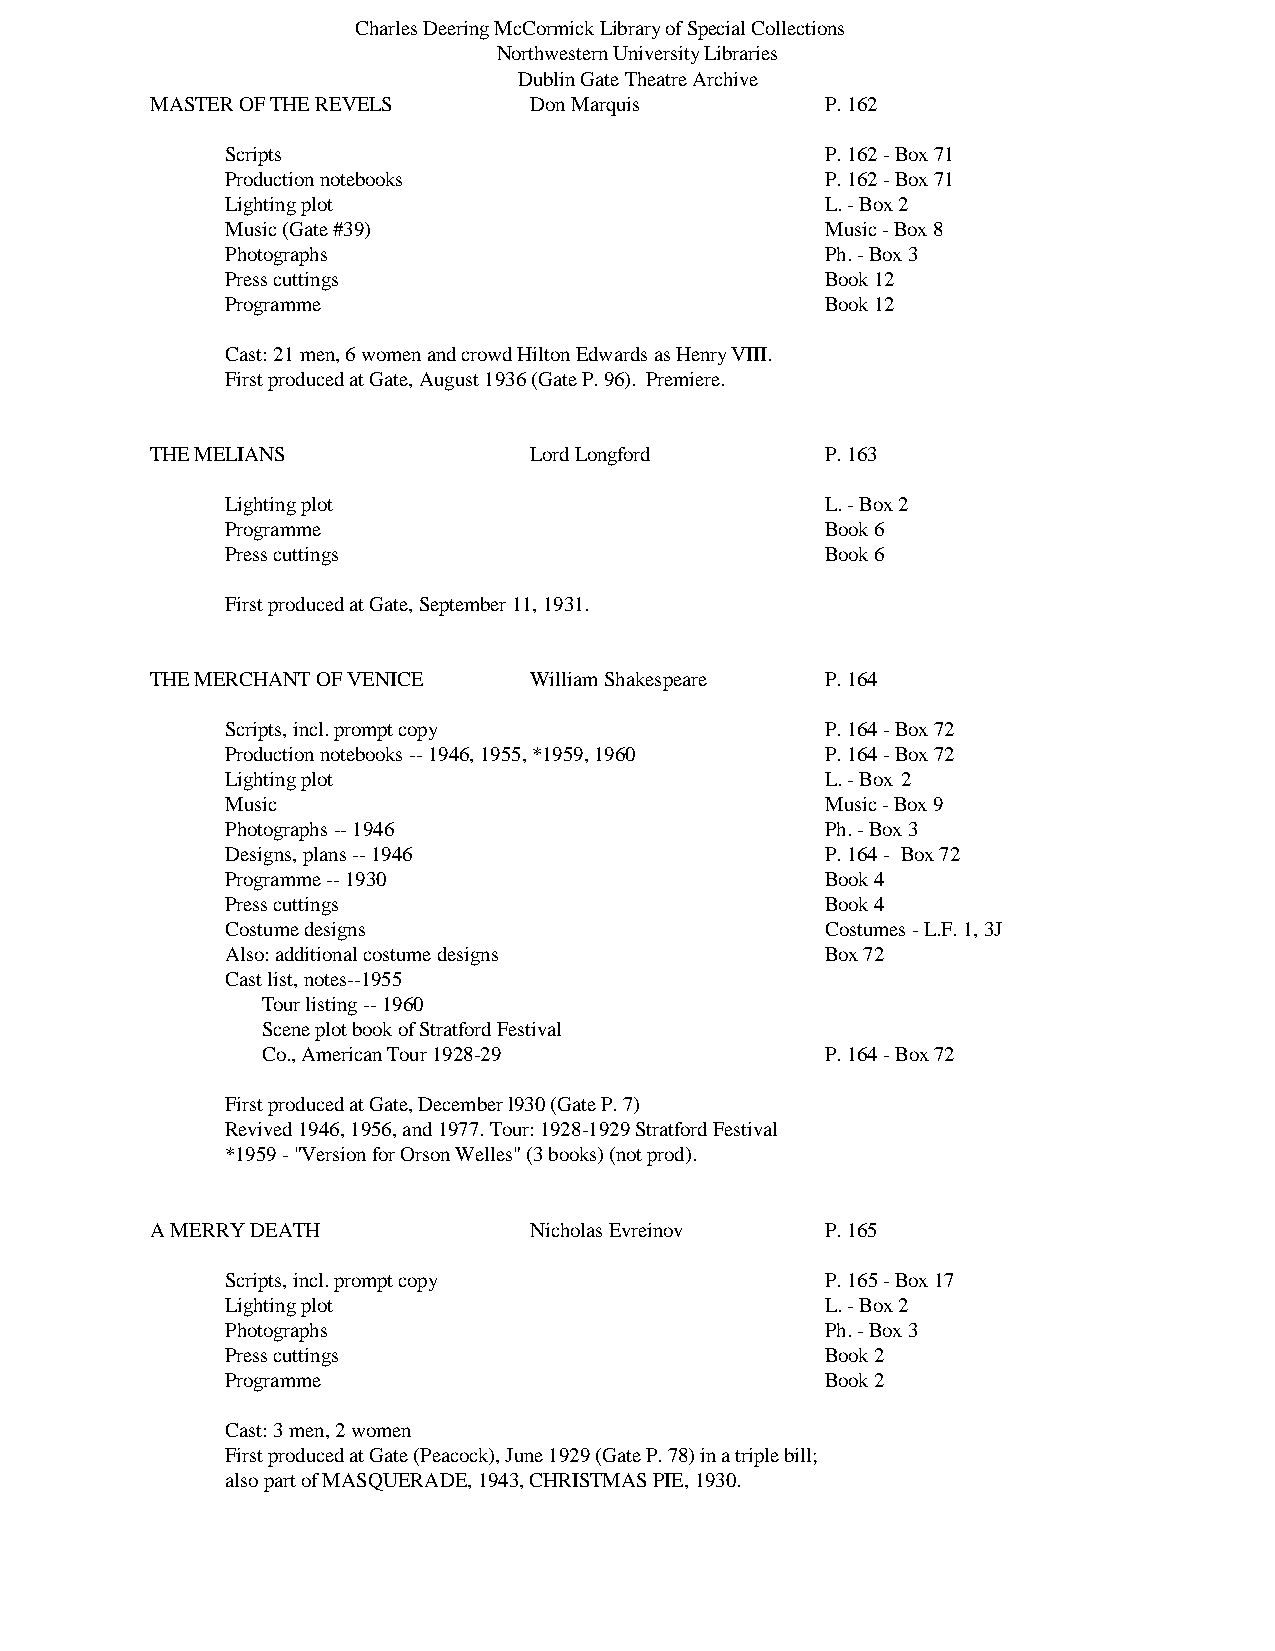
Charles Deering McCormick Library of Special Collections
 Northwestern University Libraries
 Dublin Gate Theatre Archive
 MASTER OF THE REVELS     Don Marquis         P. 162
 Scripts                                 P. 162 - Box 71
 Production notebooks                    P. 162 - Box 71
 Lighting plot                           L. - Box 2
 Music (Gate #39)                        Music - Box 8
 Photographs                             Ph. - Box 3
 Press cuttings                          Book 12
 Programme                               Book 12
 Cast: 21 men, 6 women and crowd Hilton Edwards as Henry VIII.
 First produced at Gate, August 1936 (Gate P. 96). Premiere.
 THE MELIANS              Lord Longford       P. 163
 Lighting plot                           L. - Box 2
 Programme                               Book 6
 Press cuttings                          Book 6
 First produced at Gate, September 11, 1931.
 THE MERCHANT OF VENICE   William Shakespeare P. 164
 Scripts, incl. prompt copy              P. 164 - Box 72
 Production notebooks -- 1946, 1955, *1959, 1960 P. 164 - Box 72
 Lighting plot                           L. - Box 2
 Music                                   Music - Box 9
 Photographs -- 1946                     Ph. - Box 3
 Designs, plans -- 1946                  P. 164 - Box 72
 Programme -- 1930                       Book 4
 Press cuttings                          Book 4
 Costume designs                         Costumes - L.F. 1, 3J
 Also: additional costume designs        Box 72
 Cast list, notes--1955
 Tour listing -- 1960
 Scene plot book of Stratford Festival
 Co., American Tour 1928-29            P. 164 - Box 72
 First produced at Gate, December l930 (Gate P. 7)
 Revived 1946, 1956, and 1977. Tour: 1928-1929 Stratford Festival
 *1959 - "Version for Orson Welles" (3 books) (not prod).
 A MERRY DEATH            Nicholas Evreinov   P. 165
 Scripts, incl. prompt copy              P. 165 - Box 17
 Lighting plot                           L. - Box 2
 Photographs                             Ph. - Box 3
 Press cuttings                          Book 2
 Programme                               Book 2
 Cast: 3 men, 2 women
 First produced at Gate (Peacock), June 1929 (Gate P. 78) in a triple bill;
 also part of MASQUERADE, 1943, CHRISTMAS PIE, 1930.